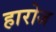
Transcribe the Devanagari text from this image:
हारोज